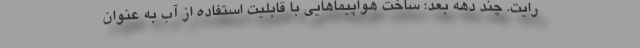
رایت. چند دهه بعد؛ ساخت هواپیماهایی با قابلیت استفاده از آب به عنوان